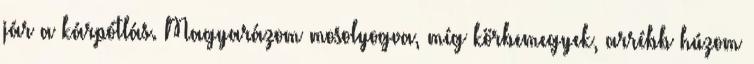
jár a kárpótlás. Magyarázom mosolyogva, míg körbemegyek, arrébb húzom